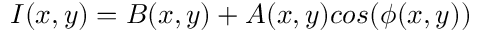
I ( x , y ) = B ( x , y ) + A ( x , y ) c o s ( { \phi } ( x , y ) )